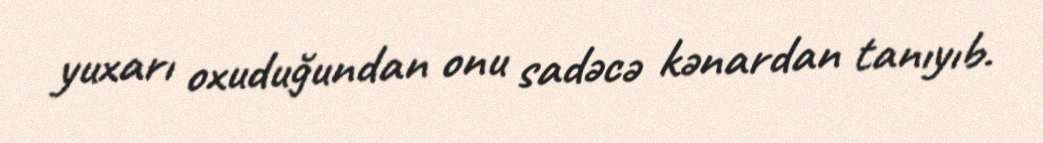
yuxarı oxuduğundan onu sadəcə kənardan tanıyıb.